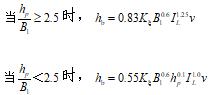
当$\frac{h_{c}}{h_{s}}\geq2.5$时，$h_{e}=0.83K_{s}B_{s}^{0.1}I_{s}^{0.2}t_{s}$

当$\frac{h_{c}}{h_{s}}<2.5$时，$h_{e}=0.55K_{s}B_{s}^{0.1}I_{s}^{0.2}t_{s}$